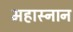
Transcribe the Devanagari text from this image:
महास्नान